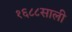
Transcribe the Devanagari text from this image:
१६८८साली